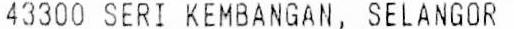
43300 SERI KEMBANGAN, SELANGOR